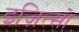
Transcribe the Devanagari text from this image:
इज़ित्सो